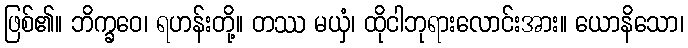
ဖြစ်၏။ ဘိက္ခဝေ၊ ရဟန်းတို့။ တဿ မယှံ၊ ထိုငါဘုရားလောင်းအား။ ယောနိသော၊